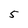
Character: 5